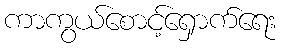
ကာကွယ်စောင့်ရှောက်ရေး